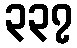
၃၃၇